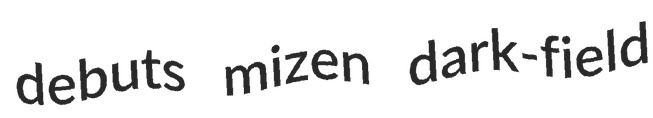
debuts mizen dark-field